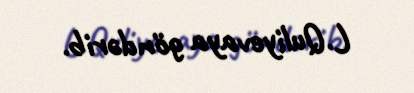
L.Quliyevaya göndərib.